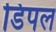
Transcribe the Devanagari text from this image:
डिपल